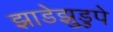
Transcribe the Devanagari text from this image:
झाडेझुडुपे